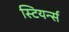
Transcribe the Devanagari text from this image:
स्टियर्न्स